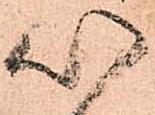
以